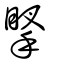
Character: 𢯲